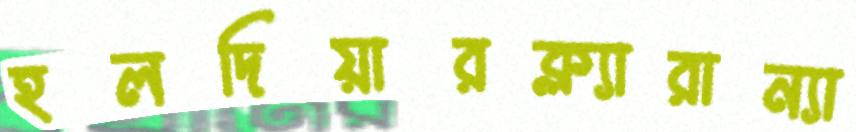
হলদিয়ারক্ল্যারান্যা